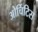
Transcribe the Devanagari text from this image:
ओर्चिटिस